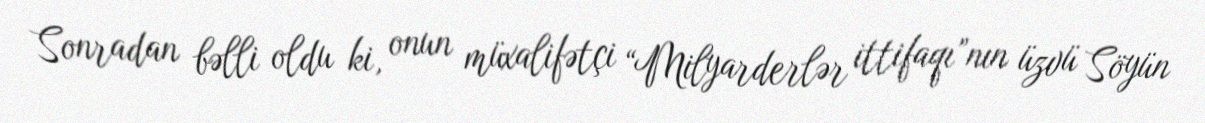
Sonradan bəlli oldu ki, onun müxalifətçi “Milyarderlər ittifaqı”nın üzvü Söyün